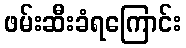
ဖမ်းဆီးခံရကြောင်း